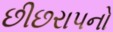
છીછરાપનો